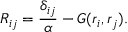
R _ { i j } = \frac { \delta _ { i j } } { \alpha } - G ( \boldsymbol { r } _ { i } , \boldsymbol { r } _ { j } ) .